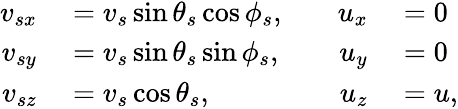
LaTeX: \begin{array}{rlrl}{v_{sx}}&{{}=v_{s}\sin\theta_{s}\cos\phi_{s},\quad}&{u_{x}}&{{}=0}\\ {v_{sy}}&{{}=v_{s}\sin\theta_{s}\sin\phi_{s},\quad}&{u_{y}}&{{}=0}\\ {v_{sz}}&{{}=v_{s}\cos\theta_{s},\quad}&{u_{z}}&{{}=u,}\end{array}